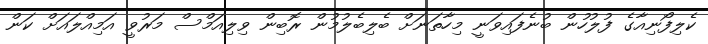
ކެލިފޯނިއާގެ ފުލުހުން ބުނެފައިވަނީ މިހާތަނަށް ބެލިބެލުމުން ރޮބިން ވިލިއަމްސް މަރުވީ އަމިއްލައަށް ކަން